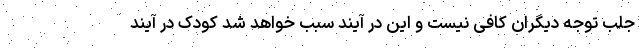
جلب توجه دیگران کافی نیست و این در آیند سبب خواهد شد کودک در آیند